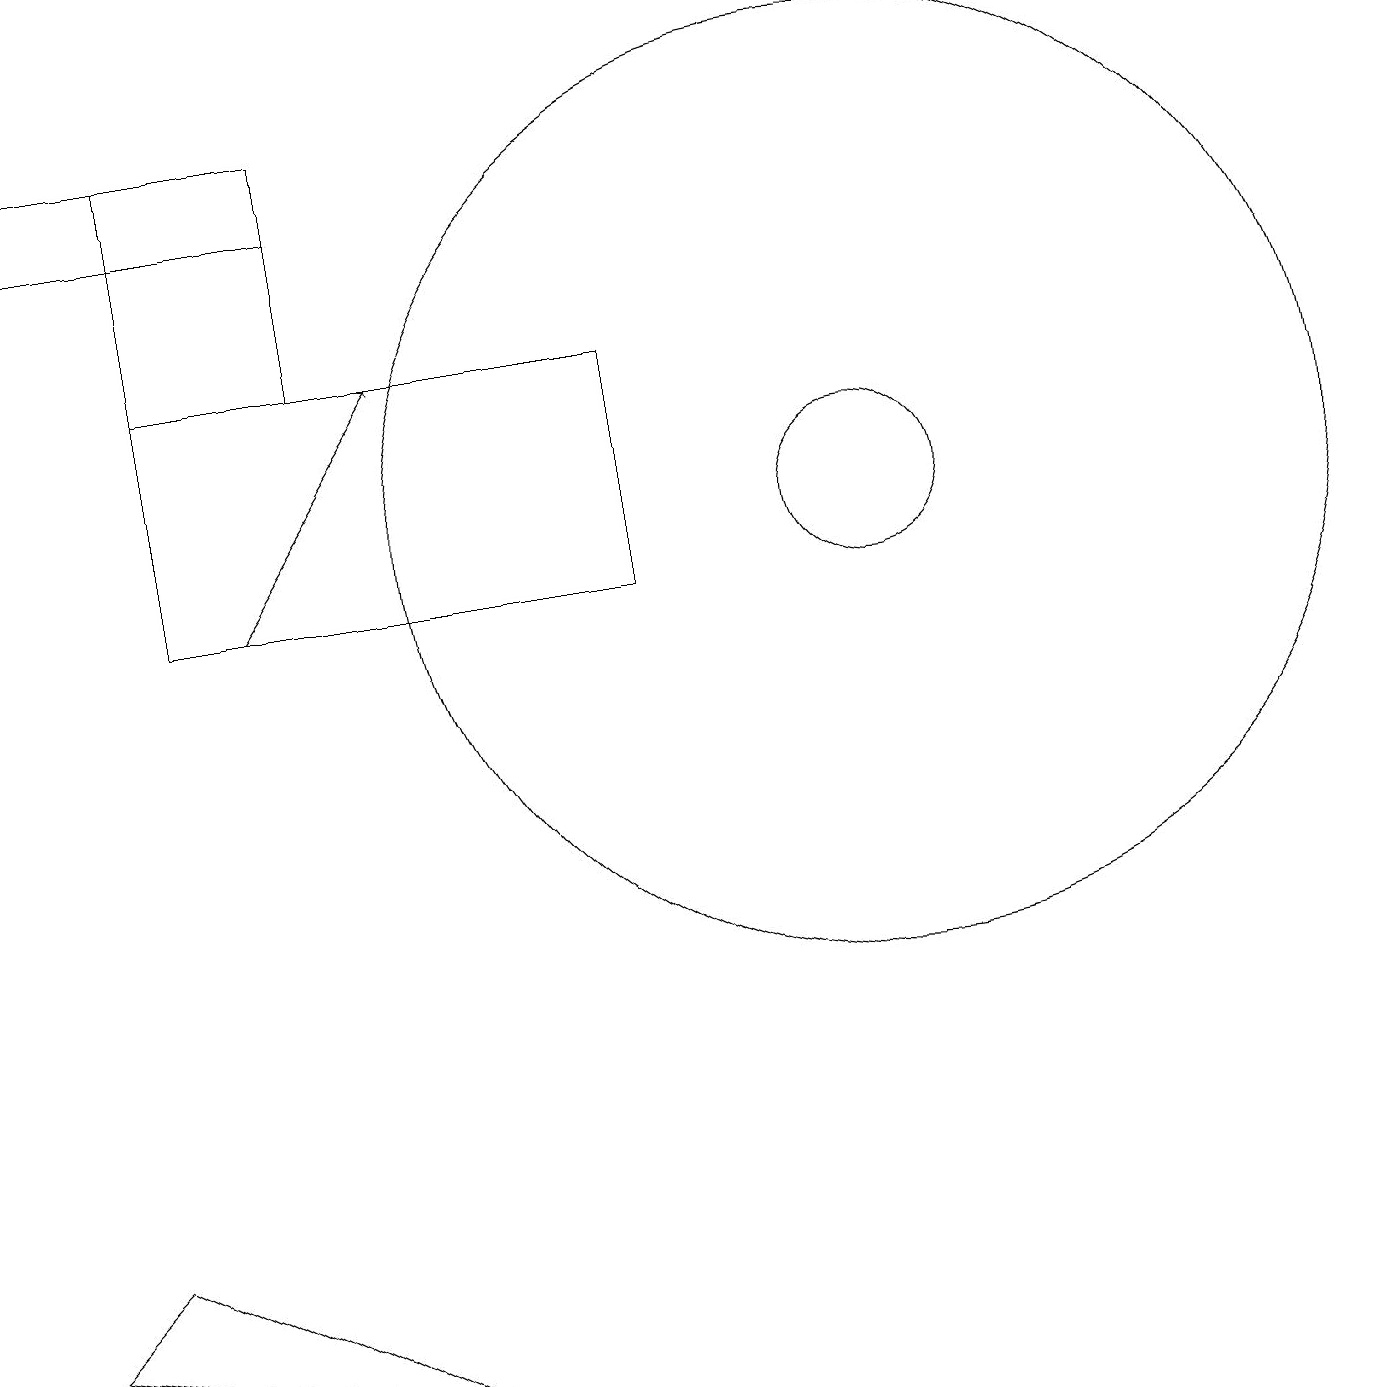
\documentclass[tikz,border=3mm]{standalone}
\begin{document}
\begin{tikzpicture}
\draw (11,11) circle (1);
\draw (4,16) rectangle (2,13);
\draw (2,10) rectangle (8,13);
\draw[->] (3,10) -- (5,13);
\draw (0,1) -- (1,2) -- (5,0) -- cycle;
\draw (0,15) rectangle (4,16);
\draw (11,11) circle (6);
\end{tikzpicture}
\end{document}